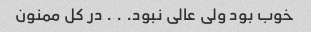
خوب بود ولی عالی نبود. ‌. ‌. در کل ممنون